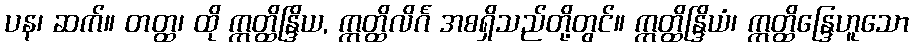
ပန၊ ဆက်။ တတ္ထ၊ ထို ဣတ္ထိန္ဒြိယ, ဣတ္ထိလိင်္ဂ အစရှိသည်တို့တွင်။ ဣတ္ထိန္ဒြိယံ၊ ဣတ္ထိန္ဒြေဟူသော